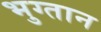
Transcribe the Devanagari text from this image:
भुग्तान